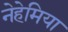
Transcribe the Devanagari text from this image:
नेहेमिया